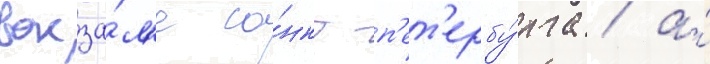
вокза́л'е са́нкт-п'ет'ербу́рга / а́